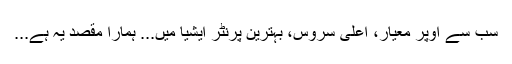
سب سے اوپر معیار، اعلیٰ سروس، بہترین پرنٹر ایشیا میں... ہمارا مقصد یہ ہے...